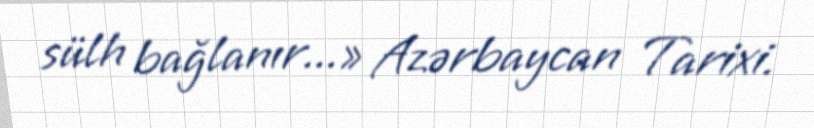
sülh bağlanır...» Azərbaycan Tarixi.